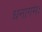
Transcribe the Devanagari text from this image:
धनागमः